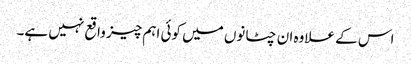
اس کے علاوہ ان چٹانوں میں کوئی اہم چیز واقع نہیں ہے۔